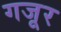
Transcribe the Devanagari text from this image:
गजूर